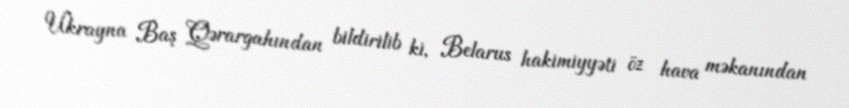
Ukrayna Baş Qərargahından bildirilib ki, Belarus hakimiyyəti öz hava məkanından